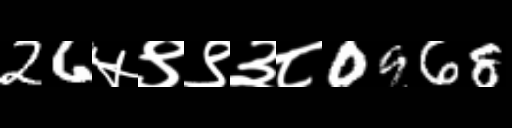
Text: 26५९९३८0968